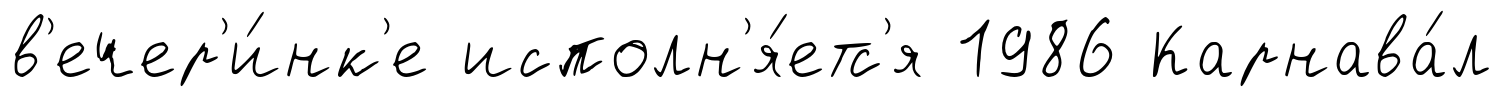
в'ечер'и́нк'е исполн'я́етс'я 1986 Карнава́л